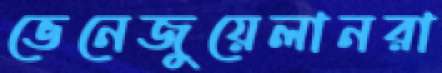
ভেনেজুয়েলানরা